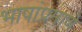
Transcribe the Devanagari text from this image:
भाषांप्रमाणे